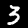
Digit: 3